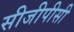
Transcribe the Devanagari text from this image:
सीजीपीसी